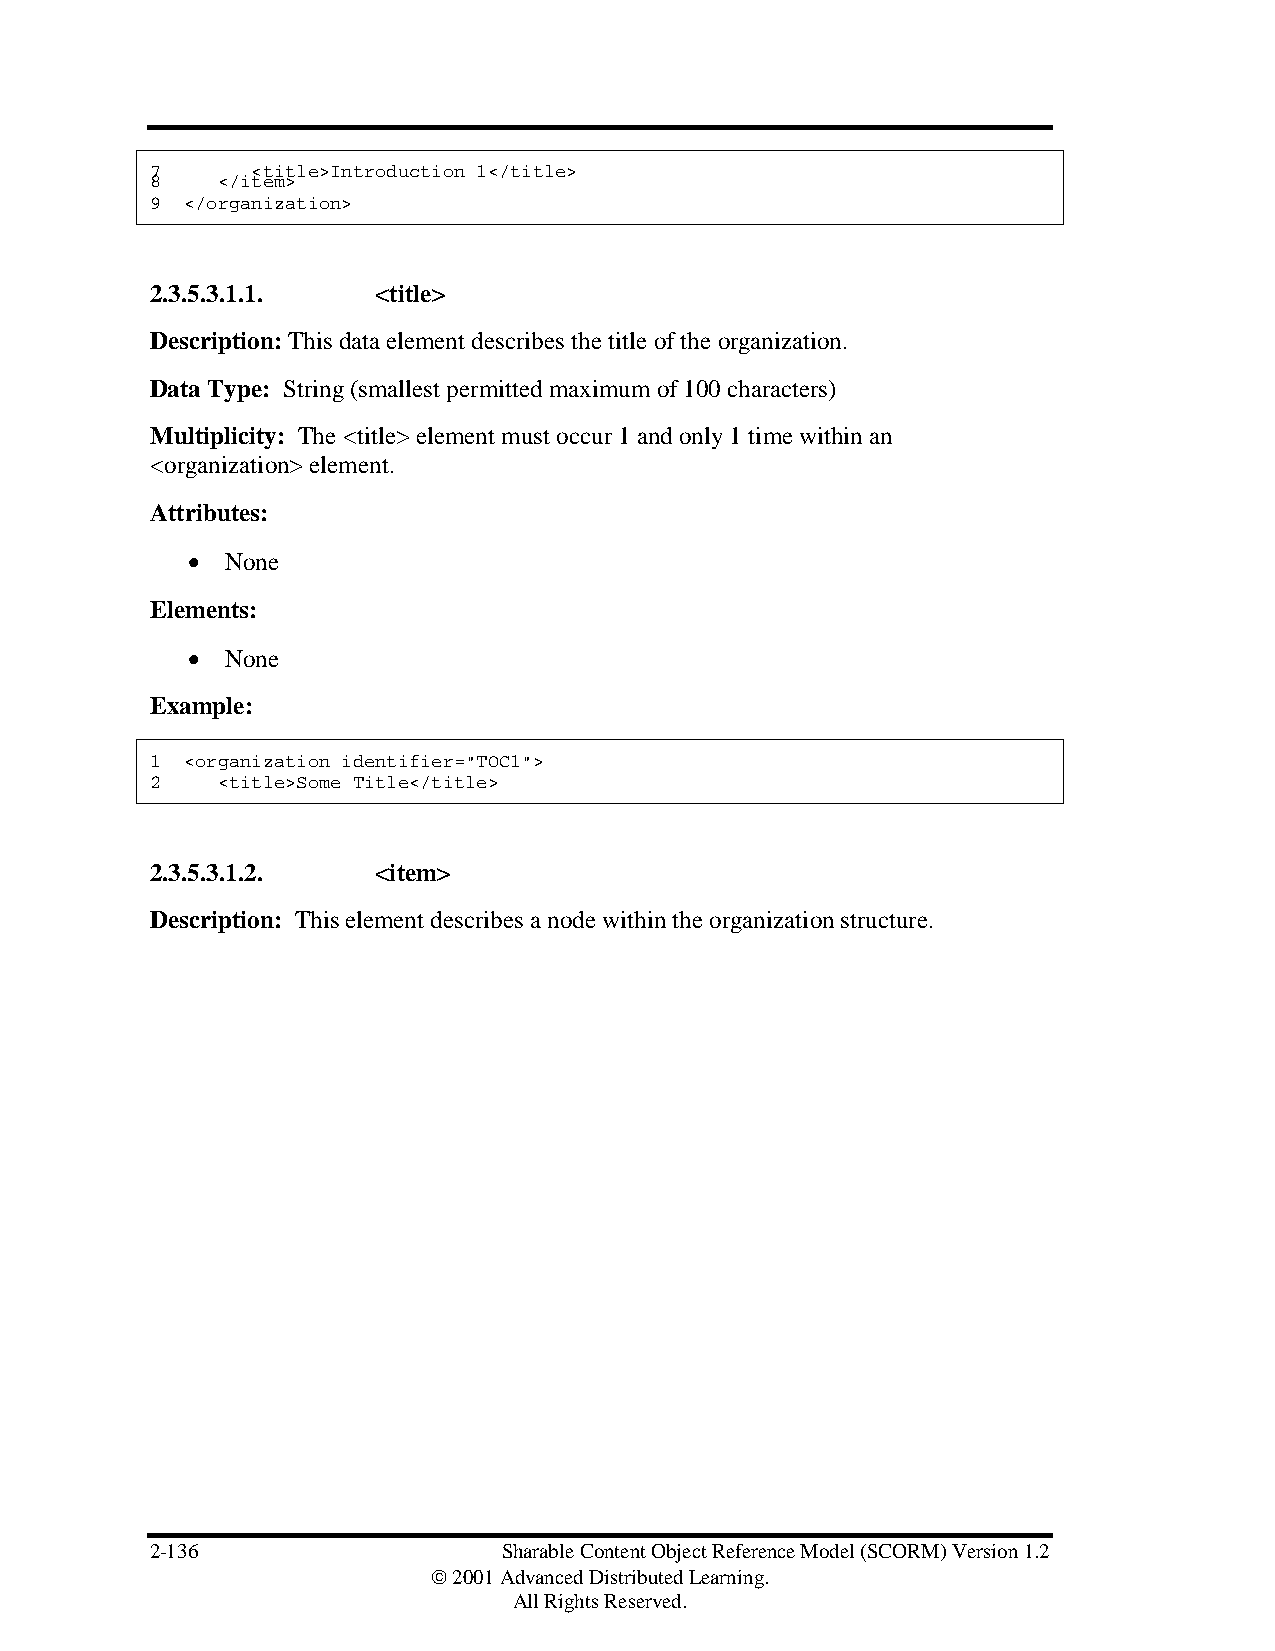
7      <title>Introduction 1</title>
 8   </item>
 9 </organization>
 2.3.5.3.1.1.   <title>
 Description: This data element describes the title of the organization.
 Data Type: String (smallest permitted maximum of 100 characters)
 Multiplicity: The <title> element must occur 1 and only 1 time within an
 <organization> element.
 Attributes:
 •  None
 Elements:
 •  None
 Example:
 1 <organization identifier="TOC1">
 2   <title>Some Title</title>
 2.3.5.3.1.2.   <item>
 Description: This element describes a node within the organization structure.
 2-136                  Sharable Content Object Reference Model (SCORM) Version 1.2
  2001 Advanced Distributed Learning.
 All Rights Reserved.